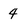
Character: 4